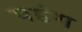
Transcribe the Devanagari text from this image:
पडंग